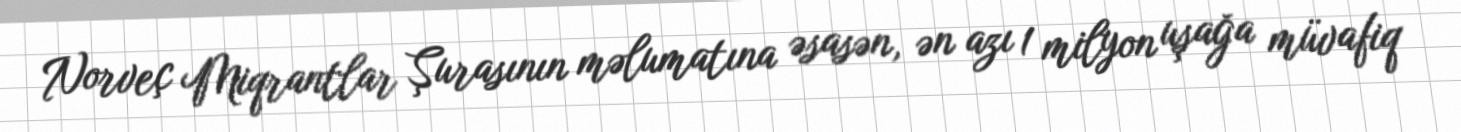
Norveç Miqrantlar Şurasının məlumatına əsasən, ən azı 1 milyon uşağa müvafiq